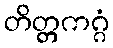
တိတ္တကဂ္ဂံ